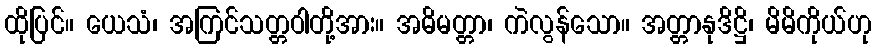
ထိုပြင်။ ယေသံ၊ အကြင်သတ္တဝါတို့အား။ အဓိမတ္တာ၊ ကဲလွန်သော။ အတ္တာနုဒိဋ္ဌိ၊ မိမိကိုယ်ဟု